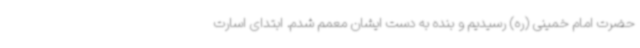
حضرت امام خمینی (ره) رسیدیم و بنده به دست ایشان معمم شدم. ابتدای اسارت